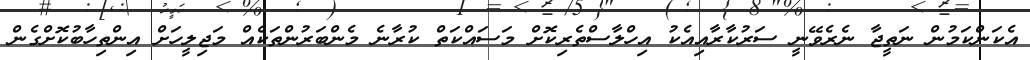
އެކަންކަމުން ނަތީޖާ ނެރެވޭނީ ސަރުކާރާއިއެކު އިހްލާސްތެރިކޮށް މަސައްކަތް ކުރާނެ މެންބަރުންތަކެއް މަޖިލީހަށް އިންތިހާބުކޮށްގެން